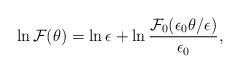
LaTeX: \begin{align*}\ln {\cal F} (\theta) = \ln \epsilon + \ln \frac{{\cal F}_0 (\epsilon_0 \theta/\epsilon)} {\epsilon_0},\end{align*}